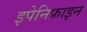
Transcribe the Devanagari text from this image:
इपेनिफ्राइन